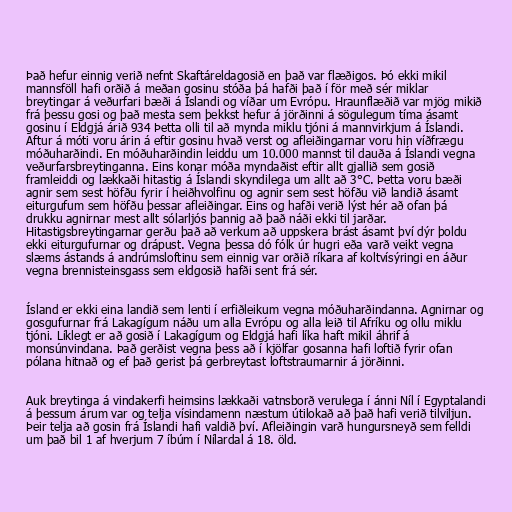
Það hefur einnig verið nefnt Skaftáreldagosið en það var flæðigos. Þó ekki mikil
mannsföll hafi orðið á meðan gosinu stóða þá hafði það í för með sér miklar
breytingar á veðurfari bæði á Íslandi og víðar um Evrópu. Hraunflæðið var mjög mikið
frá þessu gosi og það mesta sem þekkst hefur á jörðinni á sögulegum tíma ásamt
gosinu í Eldgjá árið 934 Þetta olli til að mynda miklu tjóni á mannvirkjum á Íslandi.
Aftur á móti voru árin á eftir gosinu hvað verst og afleiðingarnar voru hin víðfrægu
móðuharðindi. En móðuharðindin leiddu um 10.000 mannst til dauða á Íslandi vegna
veðurfarsbreytinganna. Eins konar móða myndaðist eftir allt gjallið sem gosið
framleiddi og lækkaði hitastig á Íslandi skyndilega um allt að 3°C. Þetta voru bæði
agnir sem sest höfðu fyrir í heiðhvolfinu og agnir sem sest höfðu við landið ásamt
eiturgufum sem höfðu þessar afleiðingar. Eins og hafði verið lýst hér að ofan þá
drukku agnirnar mest allt sólarljós þannig að það náði ekki til jarðar.
Hitastigsbreytingarnar gerðu það að verkum að uppskera brást ásamt því dýr þoldu
ekki eiturgufurnar og drápust. Vegna þessa dó fólk úr hugri eða varð veikt vegna
slæms ástands á andrúmsloftinu sem einnig var orðið ríkara af koltvísýringi en áður
vegna brennisteinsgass sem eldgosið hafði sent frá sér.

Ísland er ekki eina landið sem lenti í erfiðleikum vegna móðuharðindanna. Agnirnar og
gosgufurnar frá Lakagígum náðu um alla Evrópu og alla leið til Afríku og ollu miklu
tjóni. Líklegt er að gosið í Lakagígum og Eldgjá hafi líka haft mikil áhrif á
monsúnvindana. Það gerðist vegna þess að í kjölfar gosanna hafi loftið fyrir ofan
pólana hitnað og ef það gerist þá gerbreytast loftstraumarnir á jörðinni.

Auk breytinga á vindakerfi heimsins lækkaði vatnsborð verulega í ánni Níl í Egyptalandi
á þessum árum var og telja vísindamenn næstum útilokað að það hafi verið tilviljun.
Þeir telja að gosin frá Íslandi hafi valdið því. Afleiðingin varð hungursneyð sem felldi
um það bil 1 af hverjum 7 íbúm í Nílardal á 18. öld.